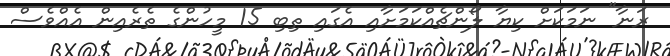
ރަނާ" ނަމަކަށް ކިޔާ ލޯންޗެއްކަމަށާއި އެގައި ތިބި 15 މީހުންގެ ތެރެއިން އެއްވެސް